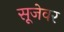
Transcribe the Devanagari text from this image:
सूजेवर